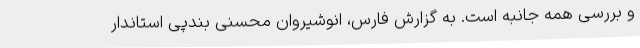
و بررسی همه جانبه است. به گزارش فارس، انوشیروان محسنی بندپی استاندار